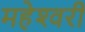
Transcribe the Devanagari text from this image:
महेश्‍वरी